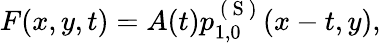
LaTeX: \begin{array}{r}{F(x,y,t)=A(t)p_{1,0}^{\mathrm{~(~S~)~}}(x-t,y),}\end{array}